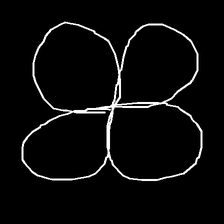
Glyph: billowing